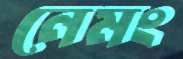
নেমং